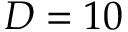
D = 1 0